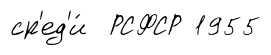
ср'ед'и́ РСФСР 1955